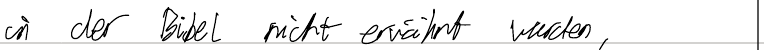
in der Bibel nicht erwähnt wurden,